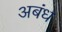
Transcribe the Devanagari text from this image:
अबंध